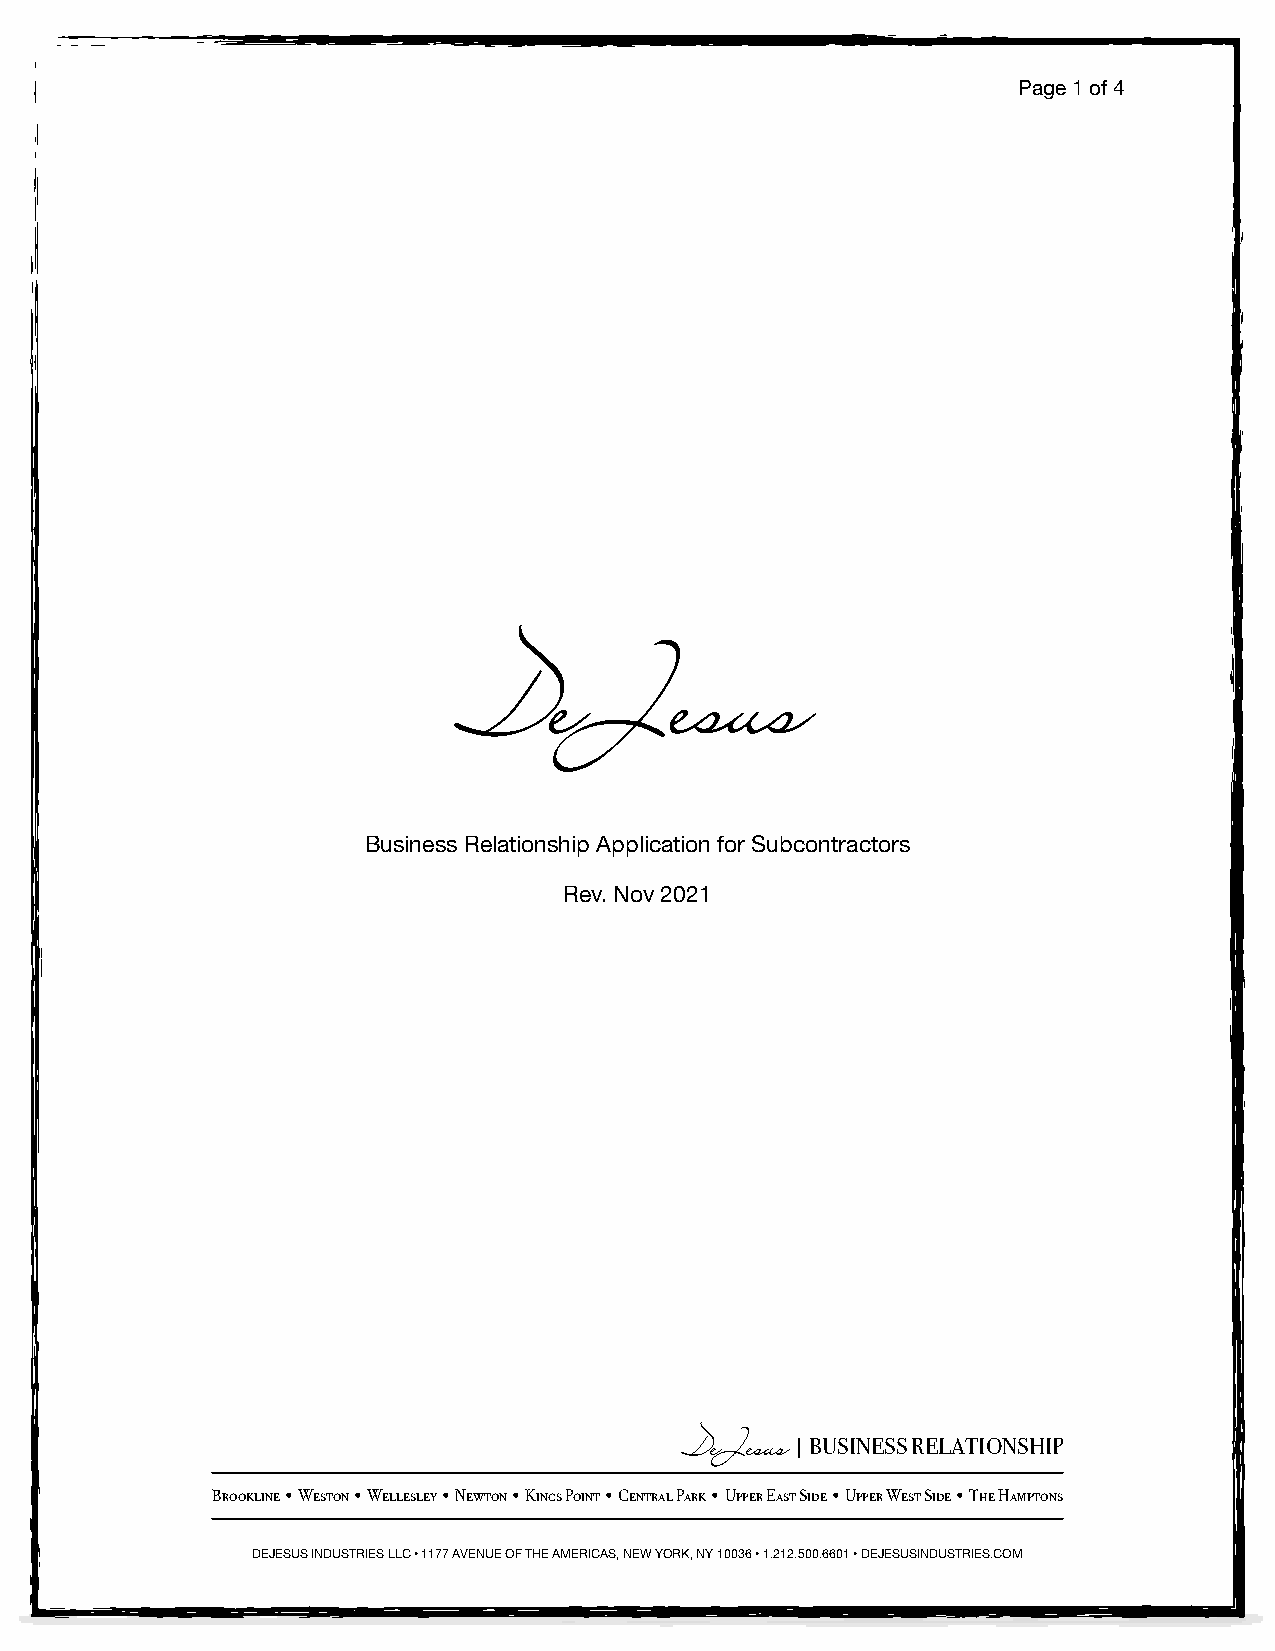
Page 1 of 4
 DeJesus
 Business Relationship Application for Subcontractors
 Rev. Nov 2021
 DeJesus | BUSINESS RELATIONSHIP
 Brookline • Weston • Wellesley • Newton • Kings Point • Central Park • Upper East Side • Upper West Side • The Hamptons
 DEJESUS INDUSTRIES LLC • 1177 AVENUE OF THE AMERICAS, NEW YORK, NY 10036 • 1.212.500.6601 • DEJESUSINDUSTRIES.COM